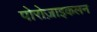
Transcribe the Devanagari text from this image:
पोरोज़ाइकलन